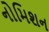
નોમિશન